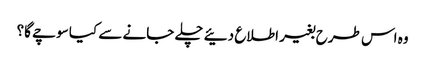
وہ اس طرح بغیر اطلاع دئیے چلے جانے سے کیا سوچے گا؟